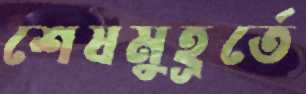
শেষমুহূর্তে